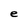
Character: e